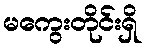
မကွေးတိုင်းရှိ